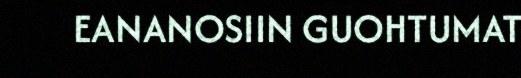
EANANOSIIN GUOHTUMAT